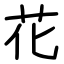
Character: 花